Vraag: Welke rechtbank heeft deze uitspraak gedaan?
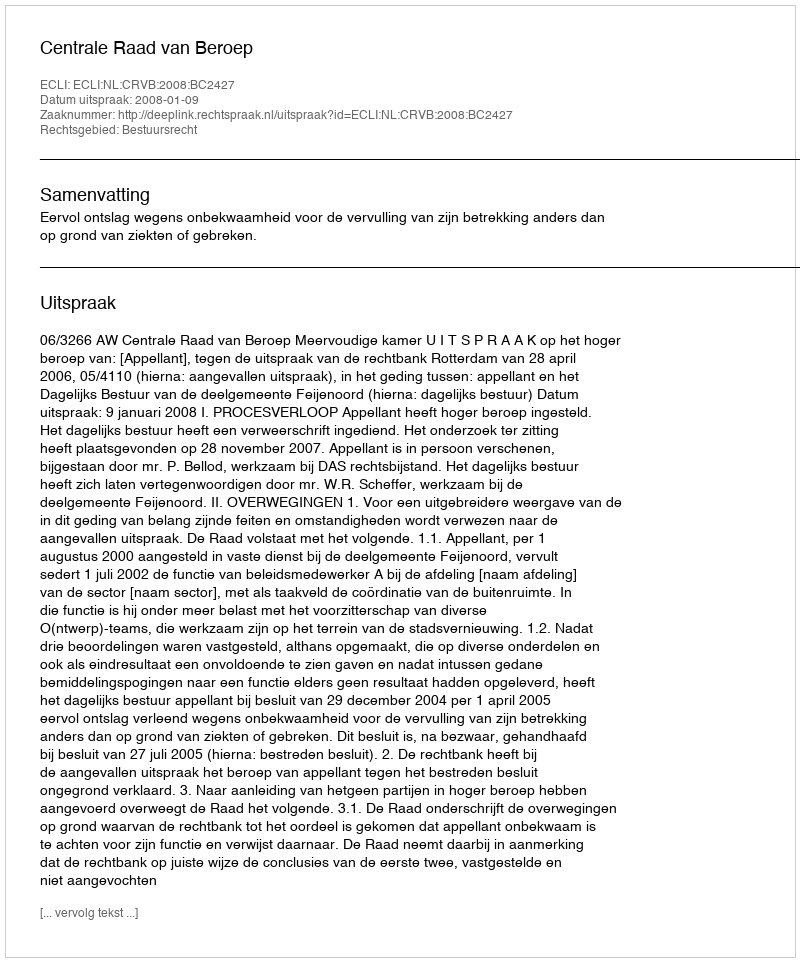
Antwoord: Centrale Raad van Beroep